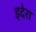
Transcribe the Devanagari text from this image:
इदेरा